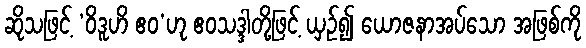
ဆိုသဖြင့် ‘ဝိဒူဟိ ဧဝ’ဟု ဧဝသဒ္ဒါတို့ဖြင့် ယှဉ်၍ ယောဇနာအပ်သော အဖြစ်ကို